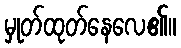
မှုတ်ထုတ်နေလေ၏။